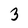
Character: 3